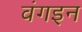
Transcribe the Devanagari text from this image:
वंगइन